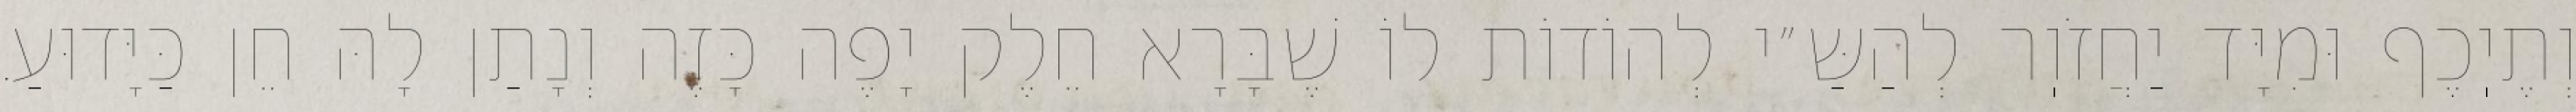
וְתֶיֽכֶף וּמִיָּד יַחֲזֹוֽר לְהַשַּ״י לְהוֹדוֹת לוֹ שֶׁבָּרָא חֵלֶק יָפֶה כָּזֶה וְנָתַן לָהּ חֵן כַּיָּדוּעַ.